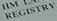
REGISTRY